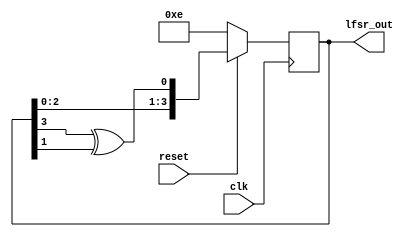
module lfsr #(parameter N=4)(clk, reset, lfsr_out);

input clk, reset;
output [N-1:0]lfsr_out;

reg [N-1:0] f_reg ; // feedback reg

assign lfsr_out = f_reg;
always @(posedge clk)begin
    if(!reset)
        f_reg <= 4'he;
    else
        f_reg <= {f_reg[2:0], f_reg[3] ^ f_reg[1]};
    
end
endmodule